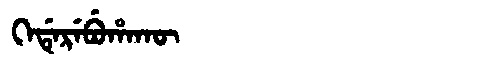
Manchu: ᡴᡝᡩᡝᡵᡝᠪᡠᡥᠠᡴᡡ
Romanization: KEDEREBUHAKŪ